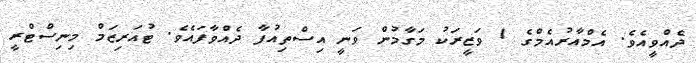
ދެއްވީއެވެ. އެމްއާރުއެމްގެ 1 ވަޒީރަކު މަގާމުން ވަނީ އިސްތިއުފާ ދެއްވާފައެވެ. ޓުއަރިޒަމް މިނިސްޓްރީ